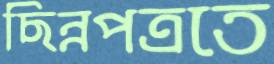
ছিন্নপত্রতে